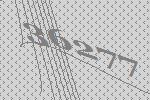
36277